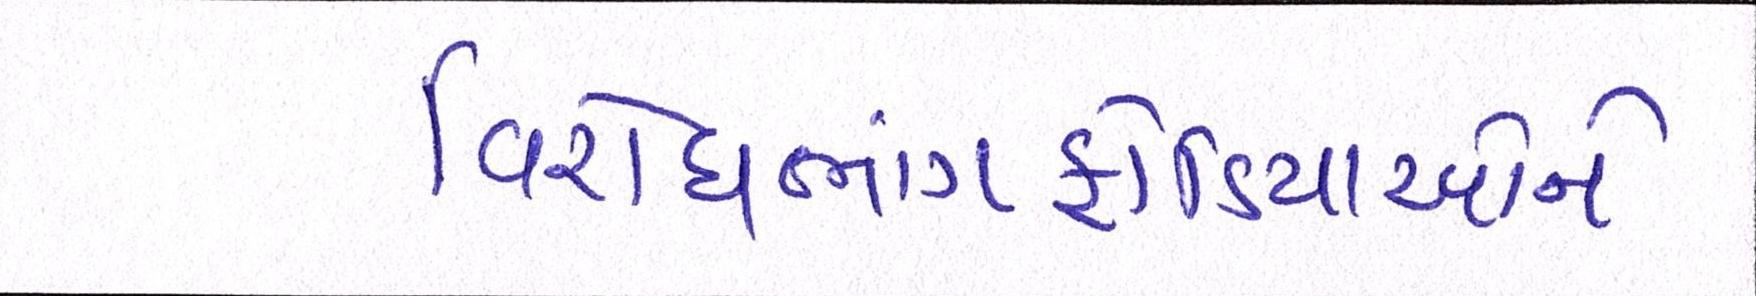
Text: વિરોધભાંગફોડિયાઓને